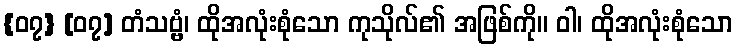
{၀၇} [၀၇] တံသဗ္ဗံ၊ ထိုအလုံးစုံသော ကုသိုလ်၏ အဖြစ်ကို။ ဝါ၊ ထိုအလုံးစုံသော